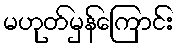
မဟုတ်မှန်ကြောင်း